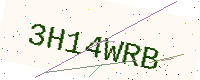
Text: 3H14WRB